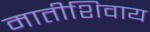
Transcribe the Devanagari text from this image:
मातीशिवाय